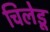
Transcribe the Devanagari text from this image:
चिलेडू